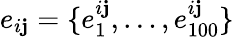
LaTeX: e_{i\mathbf{j}}=\{ e_{1}^{i\mathbf{j}},\ldots,e_{100}^{i\mathbf{j}}\}